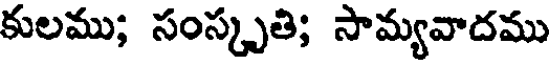
కులము; సంస్కృతి; సామ్యవాదము